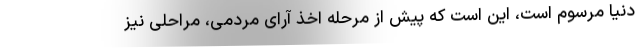
دنیا مرسوم است، این است که پیش از مرحله اخذ آرای مردمی، مراحلی نیز